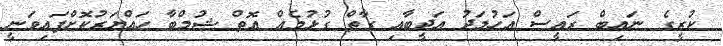
ކުރީގެ ނައިބް ރައީސް އަހުމަދު އަދީބާއި ގާތް ގުޅުމެއް އޮތް ޝުމްބާ ހައްޔަރުކޮށްފައިވަނީ